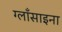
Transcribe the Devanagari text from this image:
ग्लाँसाइना